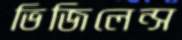
ভিজিলেন্স